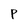
Character: P